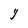
Character: Y